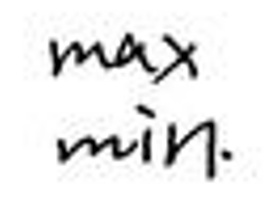
$\max \min.$